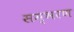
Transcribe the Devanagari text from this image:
सम्भरण